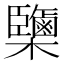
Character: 𣠿